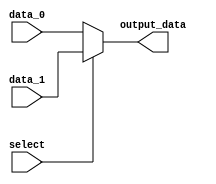
module multiplexer (
  input wire [63:0] data_0,
  input wire [63:0] data_1,
  input select,
  output reg [63:0] output_data
);

always @ (*)
begin
  if (select)
    output_data <= data_1;
  else
    output_data <= data_0;
end

endmodule